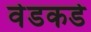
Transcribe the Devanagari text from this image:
वेडकडे